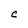
Character: C